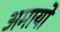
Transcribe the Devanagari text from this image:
अमायो